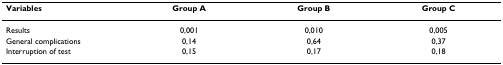
| Variables | Group A | Group B | Group C |
 | --- | --- | --- | --- |
 | Results | 0,001 | 0,010 | 0,005 |
 | General complications | 0,14 | 0,64 | 0,37 |
 | Interruption of test | 0,15 | 0,17 | 0,18 |